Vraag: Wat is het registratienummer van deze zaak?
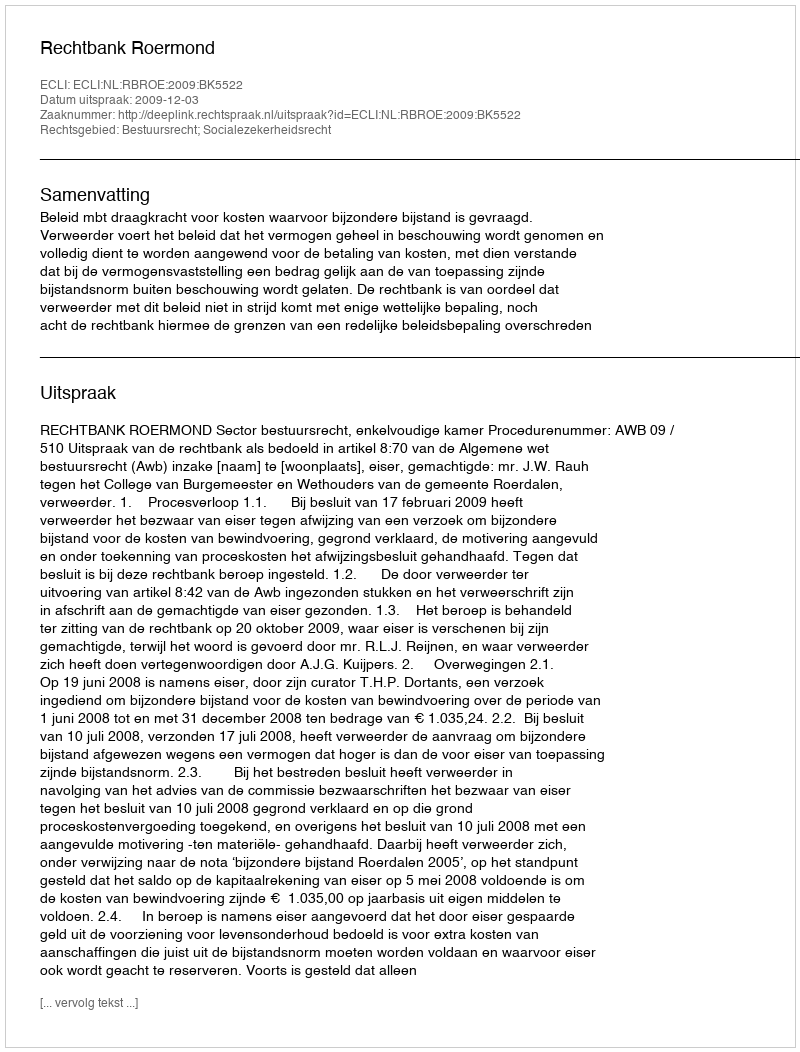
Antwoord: http://deeplink.rechtspraak.nl/uitspraak?id=ECLI:NL:RBROE:2009:BK5522